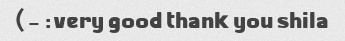
very good thank you shila: -)